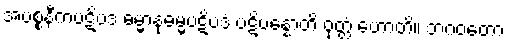
အပစ္စနီကပဋိပဒံ ဓမ္မာနုဓမ္မပဋိပဒံ ပဋိပန္နောတိ ဝုတ္တံ ဟောတိ။ ဘဂဝတော